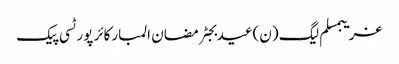
غریبمسلم لیگ (ن)عیدبجٹرمضان المبارکائر پورٹسی پیک